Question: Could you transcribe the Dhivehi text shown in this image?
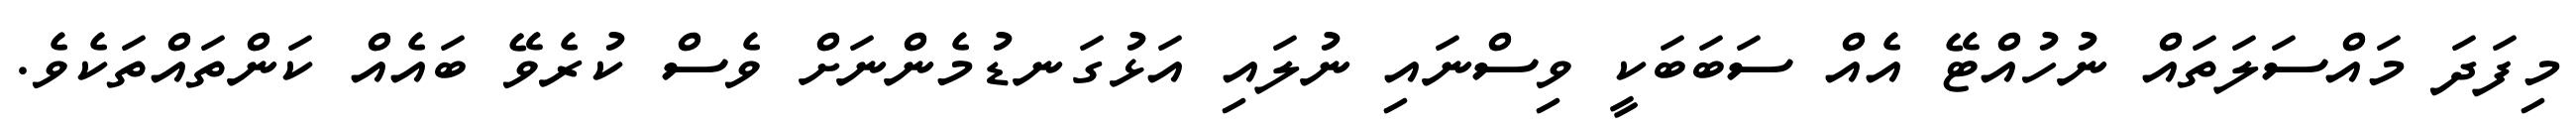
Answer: މިފަދަ މައްސަލަތައް ނުހުއްޓޭ އެއް ސަބަބަކީ ވިސްނައި ނުލައި އަޅުގަނޑުމެންނަށް ވެސް ކުރެވޭ ބައެއް ކަންތައްތަކެވެ.